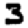
Digit: 3